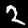
Digit: 2